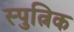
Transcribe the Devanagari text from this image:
स्पुत्निक